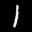
Label: 1